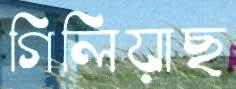
গিলিয়াছ